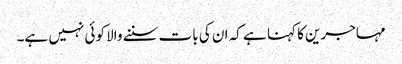
مہاجرین کا کہنا ہے کہ ان کی بات سننے والا کوئی نہیں ہے۔